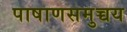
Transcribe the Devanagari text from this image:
पाषाणसमुच्चय